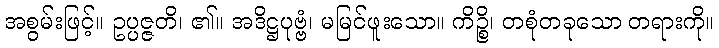
အစွမ်းဖြင့်။ ဥပ္ပဇ္ဇတိ၊ ၏။ အဒိဋ္ဌပုဗ္ဗံ၊ မမြင်ဖူးသော။ ကိဉ္စိ၊ တစုံတခုသော တရားကို။